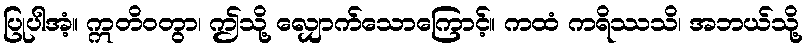
ပြုပါအံ့။ ဣတိဝတွာ၊ ဤသို့ လျှောက်သောကြောင့်။ ကထံ ကရိဿသိ၊ အဘယ်သို့